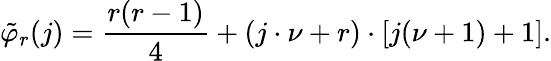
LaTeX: \tilde{\varphi}_{r}(j)=\frac{r(r-1)}{4}+(j\cdot\nu+r)\cdot[j(\nu+1)+1].